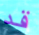
قد